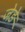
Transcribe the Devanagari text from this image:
जेड़े